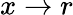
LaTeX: x\to r